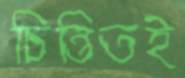
চিন্তিতই